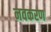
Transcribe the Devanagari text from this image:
नवकरण